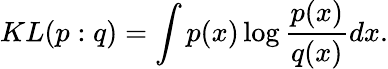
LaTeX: KL(p:q)=\int p(x)\log{\frac{p(x)}{q(x)}}dx.